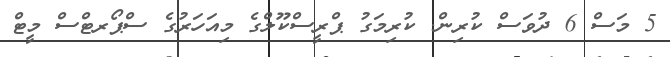
5 މަސް 6 ދުވަސް ކުރިން. ކުރިމަގު ޕްރީސްކޫލްގެ މިއަހަރުގެ ސްޕޯރޓްސް މީޓް